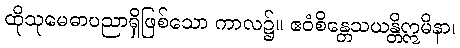
ထိုသုမေဓာပညာရှိဖြစ်သော ကာလ၌။ ဧဝံစိန္တေသယန္တိဣမိနာ၊